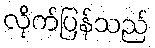
လိုက်ပြန်သည်